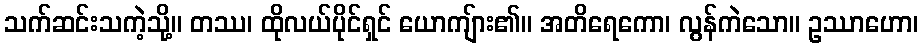
သက်ဆင်းသကဲ့သို့။ တဿ၊ ထိုလယ်ပိုင်ရှင် ယောကျ်ား၏။ အတိရေကော၊ လွန်ကဲသော။ ဥဿာဟော၊